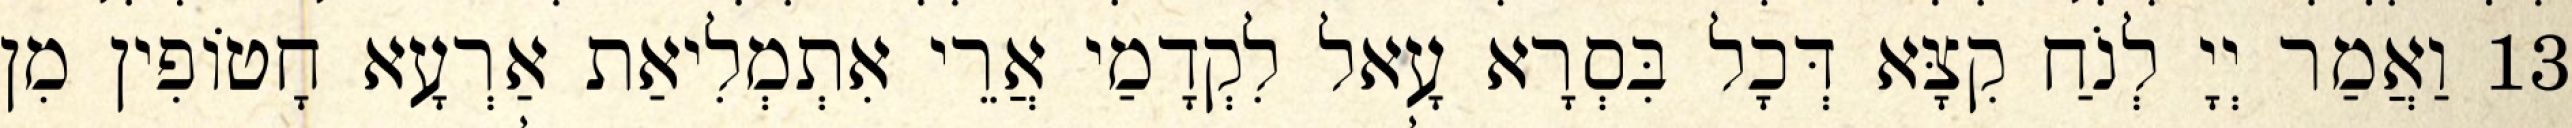
13 וַאֲמַר יְיָ לְנֹחַ קִצָּא דְּכָל בִּסְרָא עָאל לִקְדָמַי אֲרֵי אִתְמְלִיאַת אַרְעָא חָטוֹפִין מִן